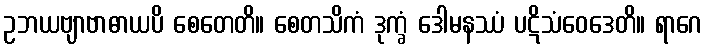
ဥဘယဗျာဗာဓာယပိ စေတေတိ။ စေတသိကံ ဒုက္ခံ ဒေါမနဿံ ပဋိသံဝေဒေတိ။ ရာဂေ